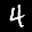
Label: 4